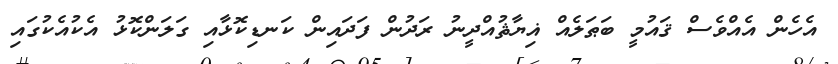
އެހެން އެއްވެސް ޤައުމީ ބަޠަލެއް ޣިޔާޘުއްދީނު ރަދުން ފަދައިން ކަނޑިކޮޅާއި ގަލަންކޮޅު އެކުއެކުގައި